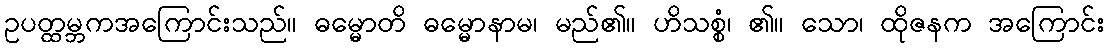
ဥပတ္ထမ္ဘကအကြောင်းသည်။ ဓမ္မောတိ ဓမ္မောနာမ၊ မည်၏။ ဟိသစ္စံ၊ ၏။ သော၊ ထိုဇနက အကြောင်း